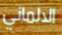
الالماني